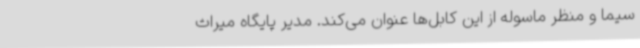
سیما و منظر ماسوله از این کابل‌ها عنوان می‌کند. مدیر پایگاه میراث